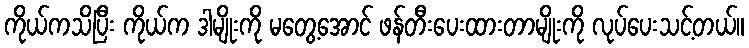
ကိုယ်ကသိပြီး ကိုယ်က ဒါမျိုးကို မတွေ့အောင် ဖန်တီးပေးထားတာမျိုးကို လုပ်ပေးသင့်တယ်။